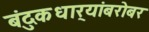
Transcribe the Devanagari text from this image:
बंदुकधार्‍यांबरोबर